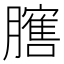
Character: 𱼡